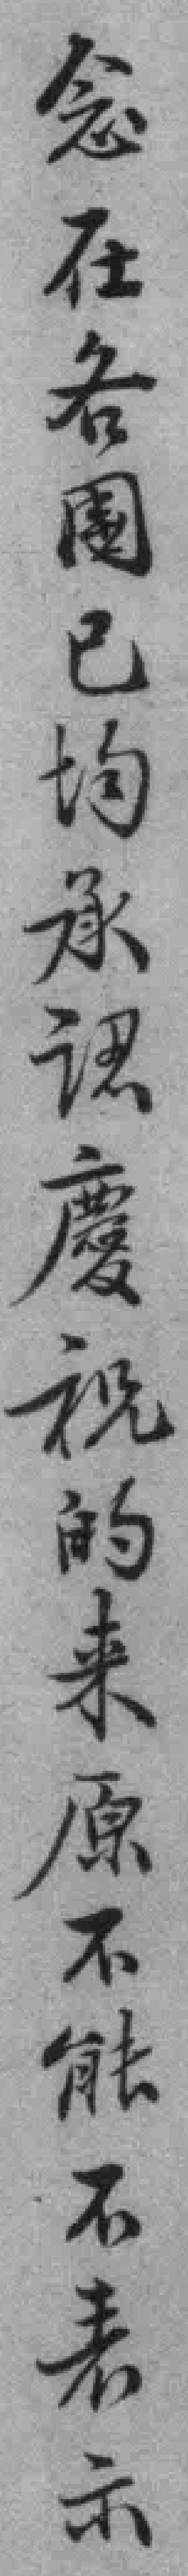
念在各國已均承認慶祝的来原不能不表示